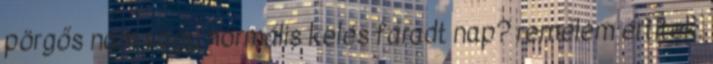
pörgős nam vagy normális kelés fáradt nap? remélem értitek.